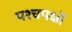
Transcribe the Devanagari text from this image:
पश्चपक्षों